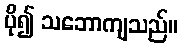
ပို၍ သဘောကျသည်။